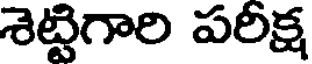
శెట్టిగారి పరీక్ష